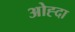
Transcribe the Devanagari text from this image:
ओह्दा